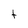
Character: t